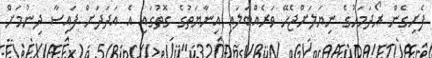
ފެށިގެން ރޯދަމަހުގެ ނިޔަލަށްޖެހޭ ވަރެއްބަލައި އިނާޔަތުގެ ގޮތުގައި އެ އަދަދަށް ފައިސާ ދިނުމަށް